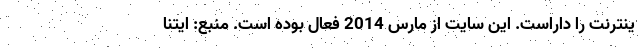
ینترنت را داراست. این سایت از مارس 2014 فعال بوده است. منبع: ایتنا